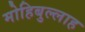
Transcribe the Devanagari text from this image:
मोहिबुल्लाह